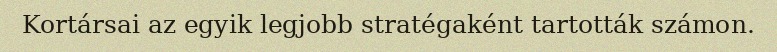
Kortársai az egyik legjobb stratégaként tartották számon.